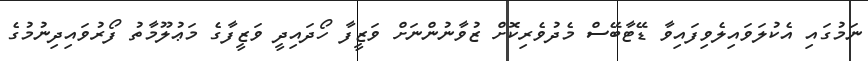
ނަމުގައި އެކުލަވައިލެވިފައިވާ ޑޭޓާބޭސް މެދުވެރިކޮށް ޒުވާނުންނަށް ވަޒީފާ ހޯދައިދީ ވަޒީފާގެ މަޢުލޫމާތު ފޯރުވައިދިނުމުގެ